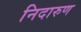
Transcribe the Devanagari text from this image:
निदारुण